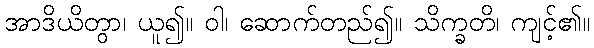
အာဒိယိတွာ၊ ယူ၍။ ဝါ၊ ဆောက်တည်၍။ သိက္ခတိ၊ ကျင့်၏။